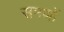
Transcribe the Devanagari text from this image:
समणों